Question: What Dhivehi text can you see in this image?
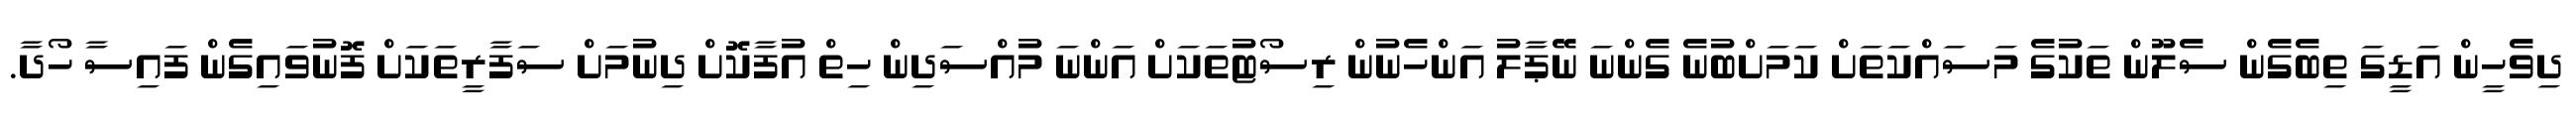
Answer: ދިވެހީން އަޑީގަ ތިބެގެން ސެލޫން ތަކުގެ މަސައްކަތަށް ކަމަށްބުނެ ގެންނަ ނޭޕާލު އަންހެނުން ރިސޯޓުތަކަށް އަންނަ މުއްސަދިން ހިތް އުފާކޮށް ދިނުމަށް ސަފާރީތަކަށް ފޮނުވައިގެން ފައިސާ ހޯދާ.